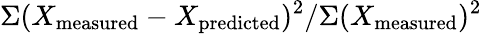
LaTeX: \Sigma(X_{\mathrm{measured}}-X_{\mathrm{predicted}})^{2}/\Sigma(X_{\mathrm{measured}})^{2}